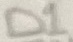
Text: D1